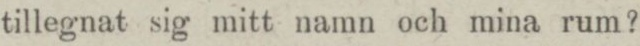
tillegnat sig mitt namn och mina rum?